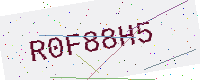
Text: R0F88H5